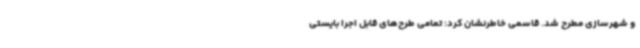
و شهرسازی مطرح شد. قاسمی خاطرنشان کرد: تمامی طرح‌های قابل اجرا بایستی